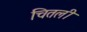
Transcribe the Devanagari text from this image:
चितली